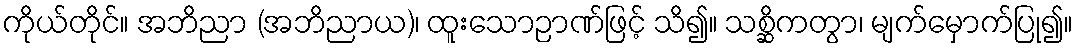
ကိုယ်တိုင်။ အဘိညာ (အဘိညာယ)၊ ထူးသောဉာဏ်ဖြင့် သိ၍။ သစ္ဆိကတွာ၊ မျက်မှောက်ပြု၍။